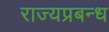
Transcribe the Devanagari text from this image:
राज्यप्रबन्ध